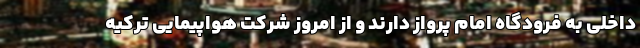
داخلی به فرودگاه امام پرواز دارند و از امروز شرکت هواپیمایی ترکیه